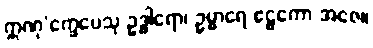
ဣဏု’က္ခေပေသု ဥဒ္ဓါရော၊ ဥမ္မာရေ ဧဠကော အဇေ။